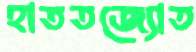
হাততজ্যোত